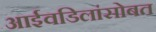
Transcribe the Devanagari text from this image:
आईवडिलांसोबत